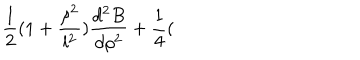
\frac { 1 } { 2 } ( 1 + \frac { \rho ^ { 2 } } { l ^ { 2 } } ) \frac { d ^ { 2 } B } { d \rho ^ { 2 } } + \frac { 1 } { 4 } (